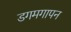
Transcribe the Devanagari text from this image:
डगमगापन